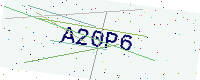
Text: A20P6